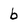
Character: b